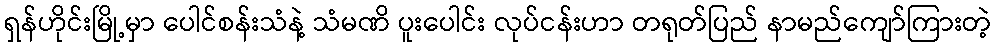
ရှန်ဟိုင်းမြို့မှာ ပေါင်စန်းသံနဲ့ သံမဏိ ပူးပေါင်း လုပ်ငန်းဟာ တရုတ်ပြည် နာမည်ကျော်ကြားတဲ့